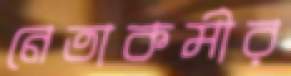
নেতাকর্মীর